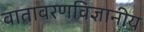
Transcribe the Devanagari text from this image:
वातावरणविज्ञानीय